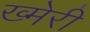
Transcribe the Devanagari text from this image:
ख्मेरी